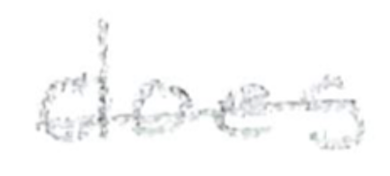
Text: does
Cross-out: single-line
Writing tool: pencil